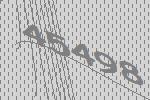
45498